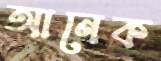
আনেক